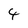
Character: 4